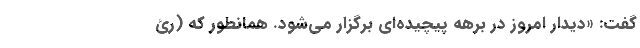
گفت: «دیدار امروز در برهه پیچیده‌ای برگزار می‌شود. همانطور که (رئ